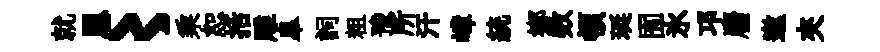
就恩〻乘恕括雕臯詞粗豫所汗嶂統鄕数頓珽囿氷邛麕邀夾